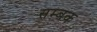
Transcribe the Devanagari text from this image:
सम्बक